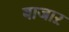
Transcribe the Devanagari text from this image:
बाजाऱ